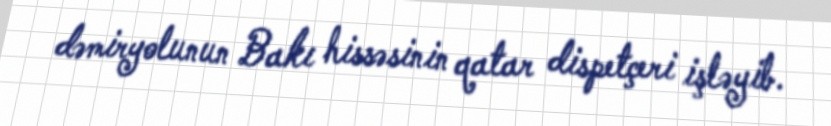
dəmiryolunun Bakı hissəsinin qatar dispetçeri işləyib.